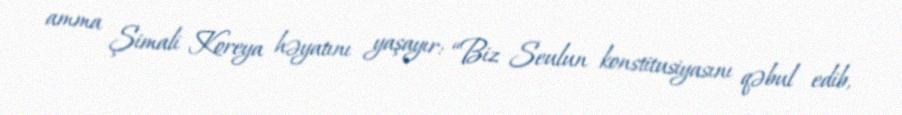
amma Şimali Koreya həyatını yaşayır: “Biz Seulun konstitusiyasını qəbul edib,